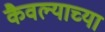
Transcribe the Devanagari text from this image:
कैवल्याच्या